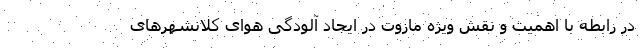
در رابطه با اهمیت و نقش ویژه مازوت در ایجاد آلودگی هوای کلانشهر‌های